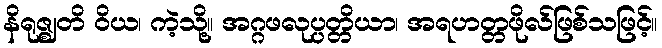
နိရုဇ္ဈတိ ဝိယ၊ ကဲ့သို့။ အဂ္ဂဖလုပ္ပတ္တိယာ၊ အရဟတ္တဖိုလ်ဖြစ်သဖြင့်။